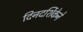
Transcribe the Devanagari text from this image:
दिनदर्शिकेने